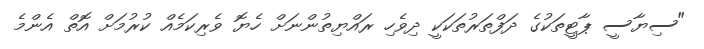
"ސިޔާސީ ޕާޓީތަކުގެ ދަފްތަރުތަކަކީ ދިވެހި ރައްޔިތުންނަށް ހެޔޮ ވެރިކަމެއް ކުރުމަށް އޮތް އެންމެ